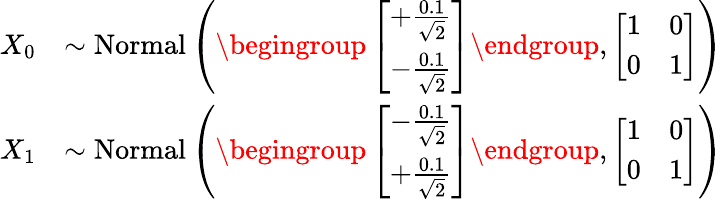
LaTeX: \begin{array}{rl}{X_{0}}&{\sim\mathrm{Normal}\left(\begingroup\left[\begin{array}{l}{+\frac{0.1}{\sqrt{2}}}\\ {-\frac{0.1}{\sqrt{2}}}\end{array}\right]\endgroup,\left[\begin{array}{ll}{1}&{0}\\ {0}&{1}\end{array}\right]\right)}\\ {X_{1}}&{\sim\mathrm{Normal}\left(\begingroup\left[\begin{array}{l}{-\frac{0.1}{\sqrt{2}}}\\ {+\frac{0.1}{\sqrt{2}}}\end{array}\right]\endgroup,\left[\begin{array}{ll}{1}&{0}\\ {0}&{1}\end{array}\right]\right)}\end{array}